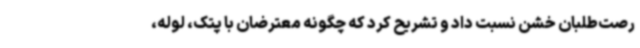
رصت‌طلبان خشن نسبت داد و تشریح کرد که چگونه معترضان با پتک، لوله،